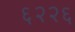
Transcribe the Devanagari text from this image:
६२२६